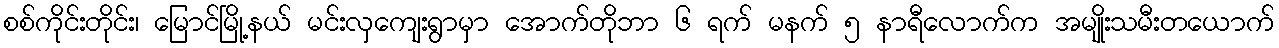
စစ်ကိုင်းတိုင်း၊ မြောင်မြို့နယ် မင်းလှကျေးရွာမှာ အောက်တိုဘာ ၆ ရက် မနက် ၅ နာရီလောက်က အမျိုးသမီးတယောက်